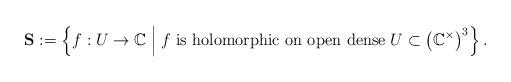
LaTeX: \begin{align*}\mathbf S:=\left\{f:U\rightarrow\mathbb C\;\Big|\; f\;\textrm{is holomorphic on open dense}\;U\subset\big(\mathbb C^\times\big)^3\right\}.\end{align*}